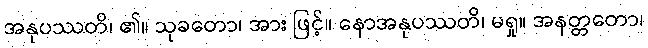
အနုပဿတိ၊ ၏။ သုခတော၊ အား ဖြင့်။ နောအနုပဿတိ၊ မရှု။ အနတ္တတော၊